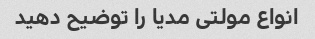
انواع مولتی مدیا را توضیح دهید